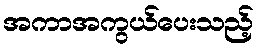
အကာအကွယ်ပေးသည့်